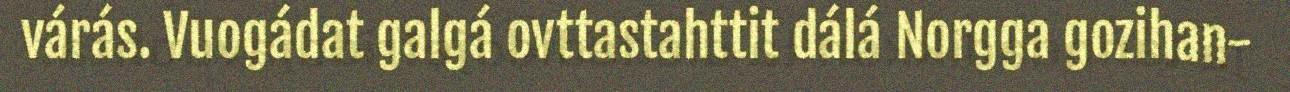
várás. Vuogádat galgá ovttastahttit dálá Norgga gozihan-